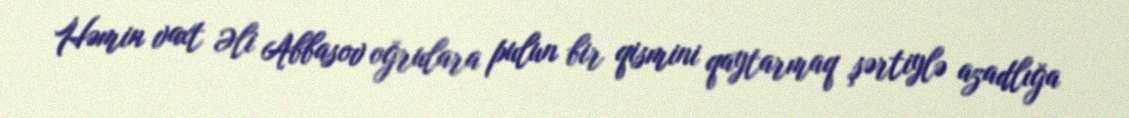
Həmin vaxt Əli Abbasov oğrulara pulun bir qismini qaytarmaq şərtiylə azadlığa